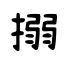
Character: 搦